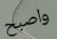
واصبح